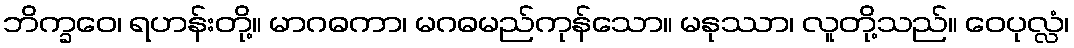
ဘိက္ခဝေ၊ ရဟန်းတို့။ မာဂဓကာ၊ မဂဓမည်ကုန်သော။ မနုဿာ၊ လူတို့သည်။ ဝေပုလ္လံ၊